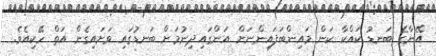
އޭނާގެ ބަނޑު ކައްކާ ކަން މައިންބަފައިންނަށް އަންގައިދިނުމަށް ބަނޑުގައި ވަށައިގެން އަތް ހޭކިއެވެ.